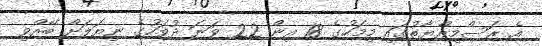
އެ ރަސްމިއްޔާތުގައި މިމަހުގެ 18 އިން 22 ވަނަ ދުވަހުގެ ނިޔަލަށް ބޭއްވި